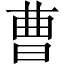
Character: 曹